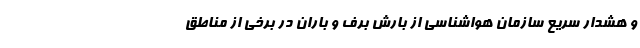
و هشدار سریع سازمان هواشناسی از بارش برف و باران در برخی از مناطق